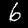
Digit: 6